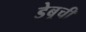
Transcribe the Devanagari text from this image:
डेबूची